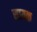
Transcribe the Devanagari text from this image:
सायक